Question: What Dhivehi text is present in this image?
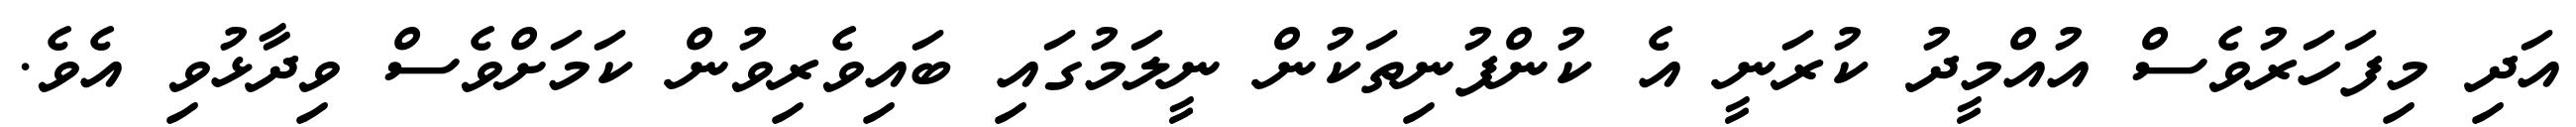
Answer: އަދި މިފަހަރުވެސް އުއްމީދު ކުރަނީ އެ ކުންފުނިތަކުން ނީލަމުގައި ބައިވެރިވުން ކަމަށްވެސް ވިދާޅުވި އެވެ.